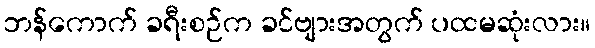
ဘန်ကောက် ခရီးစဉ်က ခင်ဗျားအတွက် ပထမဆုံးလား။